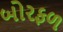
બોરફળ